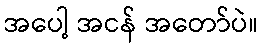
အပေါ့ အငန် အတော်ပဲ။